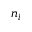
n _ { i }